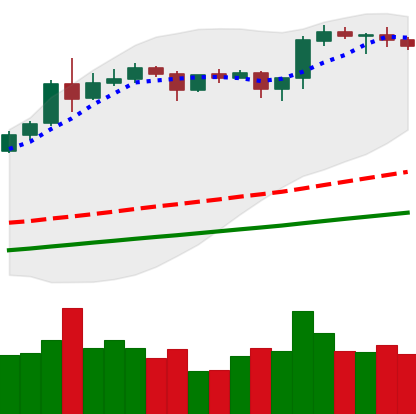
Ticker: ETH-USD
Chart end date: 2020-08-18
Forward return: -7.62%
Label: down_7plus